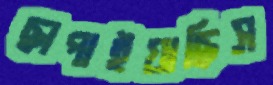
ছাপাইয়াছিস